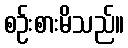
စဉ်းစားမိသည်။